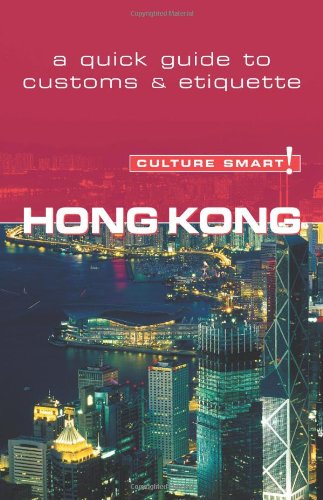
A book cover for Hong Kong - Culture Smart!: a quick guide to customs & etiquette; Clare Vickers; Travel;